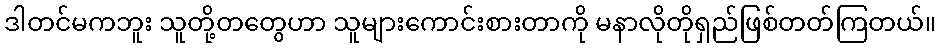
ဒါတင်မကဘူး သူတို့တတွေဟာ သူများကောင်းစားတာကို မနာလိုတိုရှည်ဖြစ်တတ်ကြတယ်။